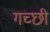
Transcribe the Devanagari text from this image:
गच्छी